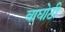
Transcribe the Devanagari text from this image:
वाघोटी